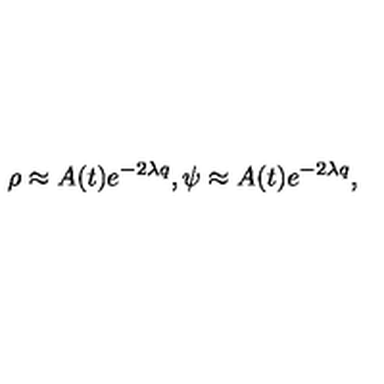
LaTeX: \rho \approx A ( t ) e ^ { - 2 \lambda q } , \psi \approx A ( t ) e ^ { - 2 \lambda q } ,